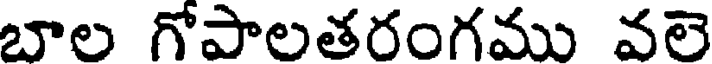
బాల గోపాలతరంగము వలె